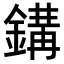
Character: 𨪋